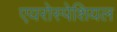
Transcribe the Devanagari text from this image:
एयरोस्पेशियल